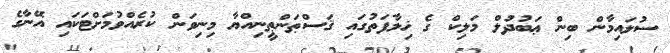
ސުލައިމާން ބިން ޢަބުދުލް މަލިކް ގެ ޚިލާފަތުގައި ޤަސްޠަންޠީނިއްޔާ މިނިވަން ކުރެއްވުމަށްޓަކައި އޭނާގެ